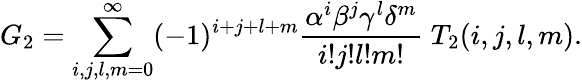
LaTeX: G_{2}=\sum_{i,j,l,m=0}^{\infty}(-1)^{i+j+l+m}\frac{\alpha^{i}\beta^{j}\gamma^{l}\delta^{m}}{i!j!l!m!}\; T_{2}(i,j,l,m).